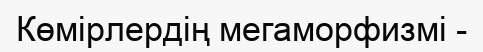
Көмірлердің мегаморфизмі -